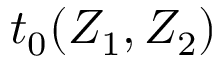
t _ { 0 } ( Z _ { 1 } , Z _ { 2 } )